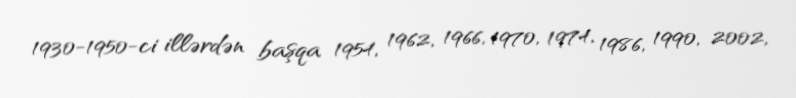
1930-1950-ci illərdən başqa 1954, 1962, 1966, 1970, 1974, 1986, 1990, 2002,